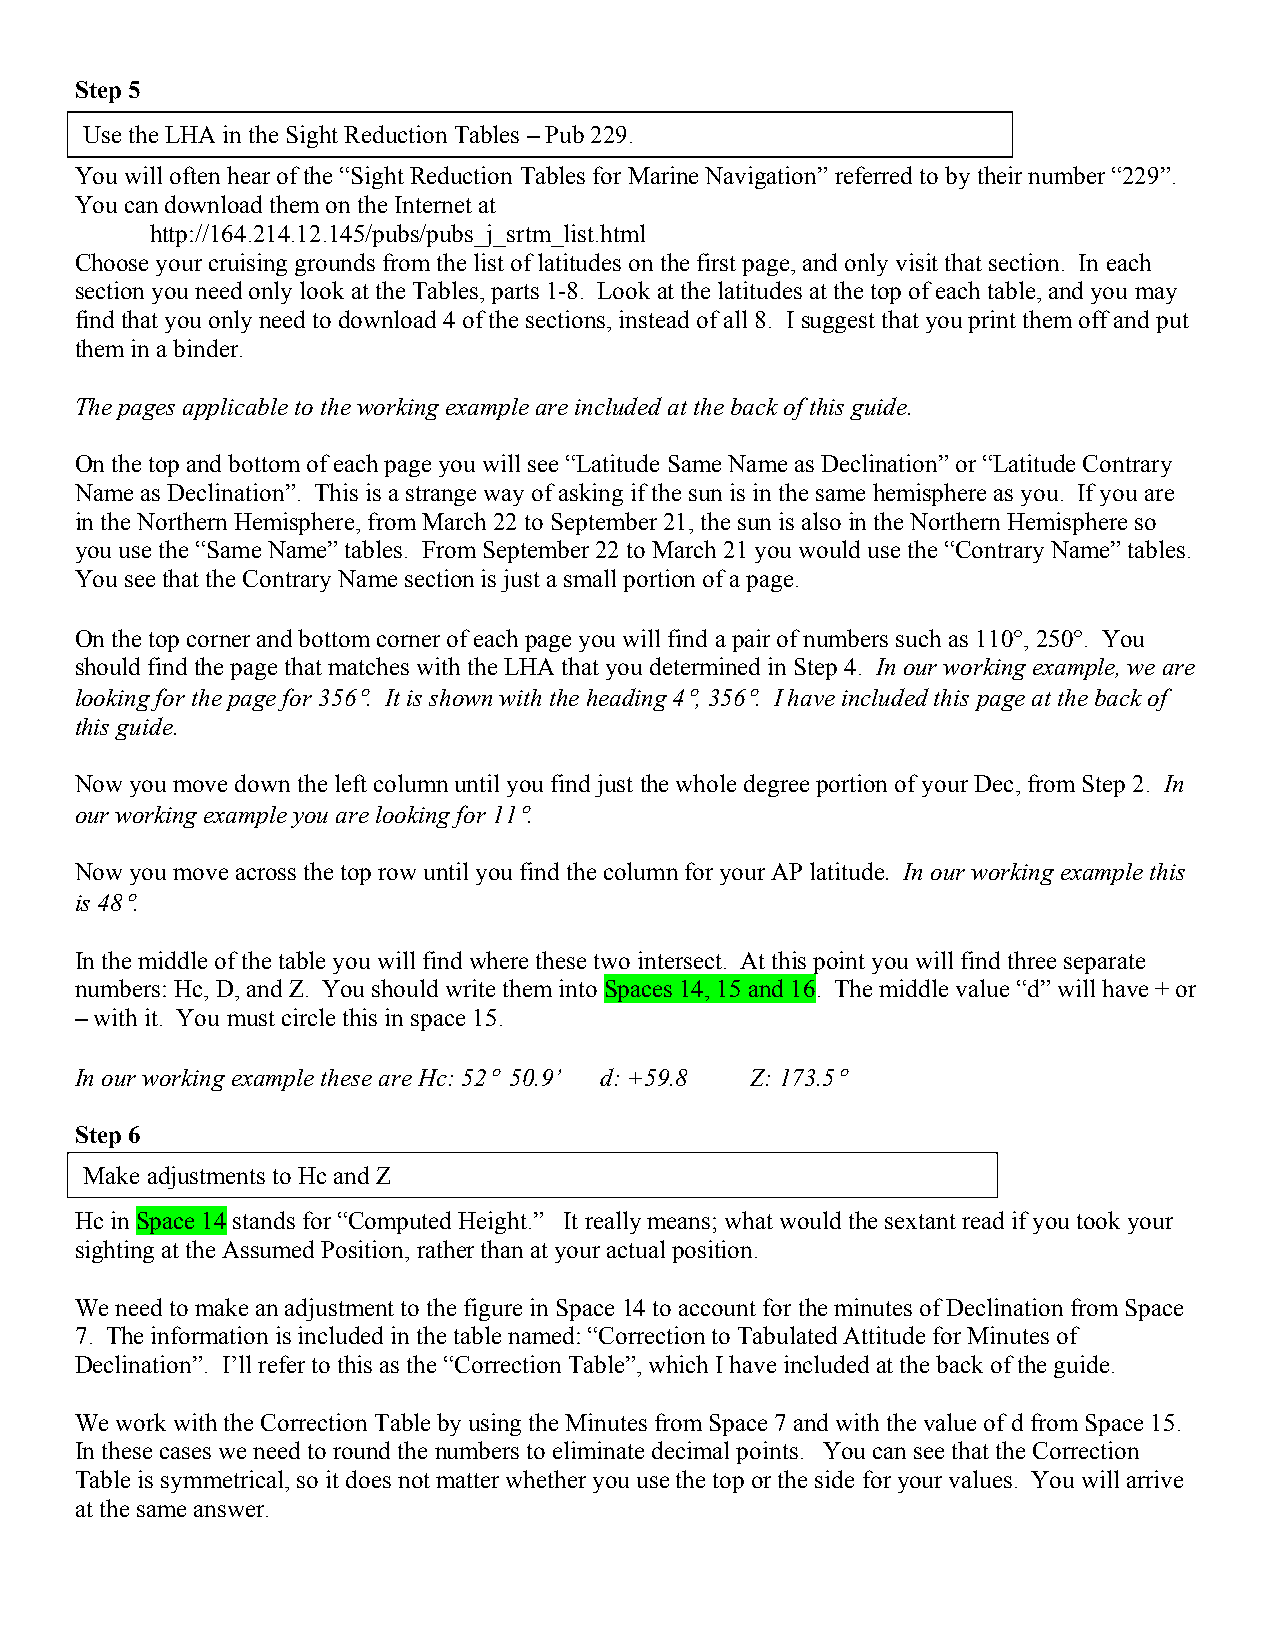
Step 5
 Use the LHA in the Sight Reduction Tables – Pub 229.
 You will often hear of the “Sight Reduction Tables for Marine Navigation” referred to by their number “229”.
 You can download them on the Internet at
 http://164.214.12.145/pubs/pubs_j_srtm_list.html
 Choose your cruising grounds from the list of latitudes on the first page, and only visit that section. In each
 section you need only look at the Tables, parts 1-8. Look at the latitudes at the top of each table, and you may
 find that you only need to download 4 of the sections, instead of all 8. I suggest that you print them off and put
 them in a binder.
 The pages applicable to the working example are included at the back of this guide.
 On the top and bottom of each page you will see “Latitude Same Name as Declination” or “Latitude Contrary
 Name as Declination”. This is a strange way of asking if the sun is in the same hemisphere as you. If you are
 in the Northern Hemisphere, from March 22 to September 21, the sun is also in the Northern Hemisphere so
 you use the “Same Name” tables. From September 22 to March 21 you would use the “Contrary Name” tables.
 You see that the Contrary Name section is just a small portion of a page.
 On the top corner and bottom corner of each page you will find a pair of numbers such as 110°, 250°. You
 should find the page that matches with the LHA that you determined in Step 4. In our working example, we are
 looking for the page for 356°. It is shown with the heading 4°, 356°. I have included this page at the back of
 this guide.
 Now you move down the left column until you find just the whole degree portion of your Dec, from Step 2. In
 our working example you are looking for 11°.
 Now you move across the top row until you find the column for your AP latitude. In our working example this
 is 48°.
 In the middle of the table you will find where these two intersect. At this point you will find three separate
 numbers: Hc, D, and Z. You should write them into Spaces 14, 15 and 16. The middle value “d” will have + or
 – with it. You must circle this in space 15.
 In our working example these are Hc: 52° 50.9’ d: +59.8 Z: 173.5°
 Step 6
 Make adjustments to Hc and Z
 Hc in Space 14 stands for “Computed Height.” It really means; what would the sextant read if you took your
 sighting at the Assumed Position, rather than at your actual position.
 We need to make an adjustment to the figure in Space 14 to account for the minutes of Declination from Space
 7. The information is included in the table named: “Correction to Tabulated Attitude for Minutes of
 Declination”. I’ll refer to this as the “Correction Table”, which I have included at the back of the guide.
 We work with the Correction Table by using the Minutes from Space 7 and with the value of d from Space 15.
 In these cases we need to round the numbers to eliminate decimal points. You can see that the Correction
 Table is symmetrical, so it does not matter whether you use the top or the side for your values. You will arrive
 at the same answer.